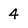
Character: 4